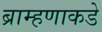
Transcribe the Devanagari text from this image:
ब्राम्हणाकडे